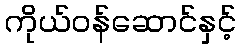
ကိုယ်ဝန်ဆောင်နှင့်